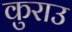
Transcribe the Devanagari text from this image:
कुराउ